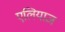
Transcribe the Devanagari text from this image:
एलियाज